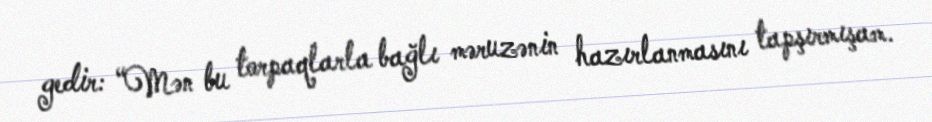
gedir: “Mən bu torpaqlarla bağlı məruzənin hazırlanmasını tapşırmışam.